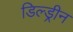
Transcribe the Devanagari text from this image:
डिल्ड्रीन